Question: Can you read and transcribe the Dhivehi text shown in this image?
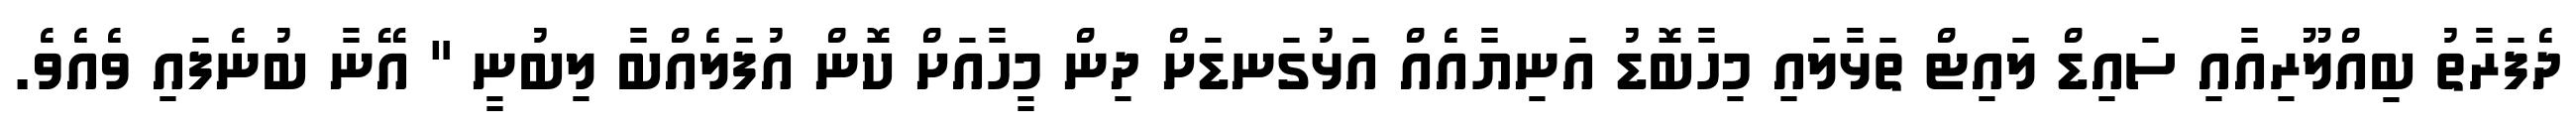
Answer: ދެފަރާތު ބިއްލޫރިއާއި ސައިޑް ލައިޓް ތަޅާލައި މިހާބޮޑު އަނިޔާއެއް އަޅުގަނޑަށް ދިން މީހާއަށް ކޮން އުފަލެއްބާ ލިބުނީ " އޭނާ ބުނެފައި ވެއެވެ.